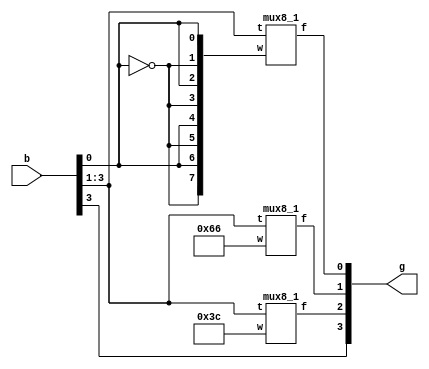
module prog1 (b, g);
	input [3:0] b;
	output [3:0] g;
	wire [7:0] w0, w1, w2;
	assign w2 = 8'b00111100;
	assign w1 = 8'b01100110;
	/*
	integer i; 
	for (i= 0; i< 8; i= i+ 1)
	  begin
	    w0[i] = (i%2==0)?b[0]:~b[0];
	  end
	*/	
	assign w0[0]=b[0], w0[1]=~b[0], w0[2]=b[0], w0[3]=~b[0], w0[4]=b[0], w0[5]=~b[0], w0[6]=b[0], w0[7]=~b[0];
	mux8_1 m0 (w0, b[3:1], g[0]);
	mux8_1 m1 (w1, b[3:1], g[1]);
	mux8_1 m2 (w2, b[3:1], g[2]);
	assign g[3] = b[3];
endmodule

module mux8_1 (w, t, f);
	input [7:0] w;
	input [2:0] t;
	output f;
	reg f;
always @(w or t)
	if(t == 0)
		f = w[0];
	else if (t == 1)
		f = w[1];
	else if (t == 2)
		f = w[2];
	else if (t == 3)
		f = w[3];
	else if (t == 4)
		f = w[4];
	else if (t == 5)
		f = w[5];
	else if (t == 6)
		f = w[6];
	else
		f = w[7];
endmodule